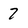
Character: 7